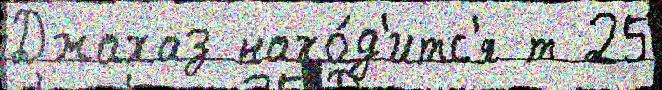
Джахаз нахо́д'итс'я т 25